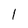
Character: 1